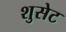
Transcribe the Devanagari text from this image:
शुसेट